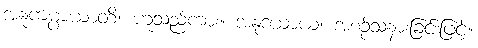
အနုကမ္ပာယာတိ၊ ဟူသည်ကား။ အနုဒယာယ၊ အစဉ်သနားခြင်းဖြင့်။